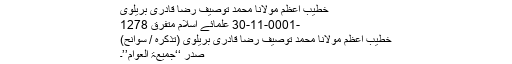
خطیب اعظم مولانا محمد توصیف رضا قادری بریلوی
-0001-11-30 علمائے اسلام متفرق 1278
خطیب اعظم مولانا محمد توصیف رضا قادری بریلوی (تذکرہ / سوانح)
صدر ‘‘جمیعۃ العوام’’۔